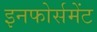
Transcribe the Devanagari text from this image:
इनफोर्समेंट